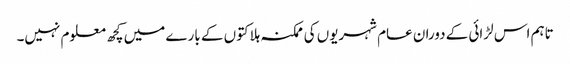
تاہم اس لڑائی کے دوران عام شہریوں کی ممکنہ ہلاکتوں کے بارے میں کچھ معلوم نہیں۔